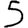
Digit: 5